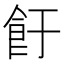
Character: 𱃡